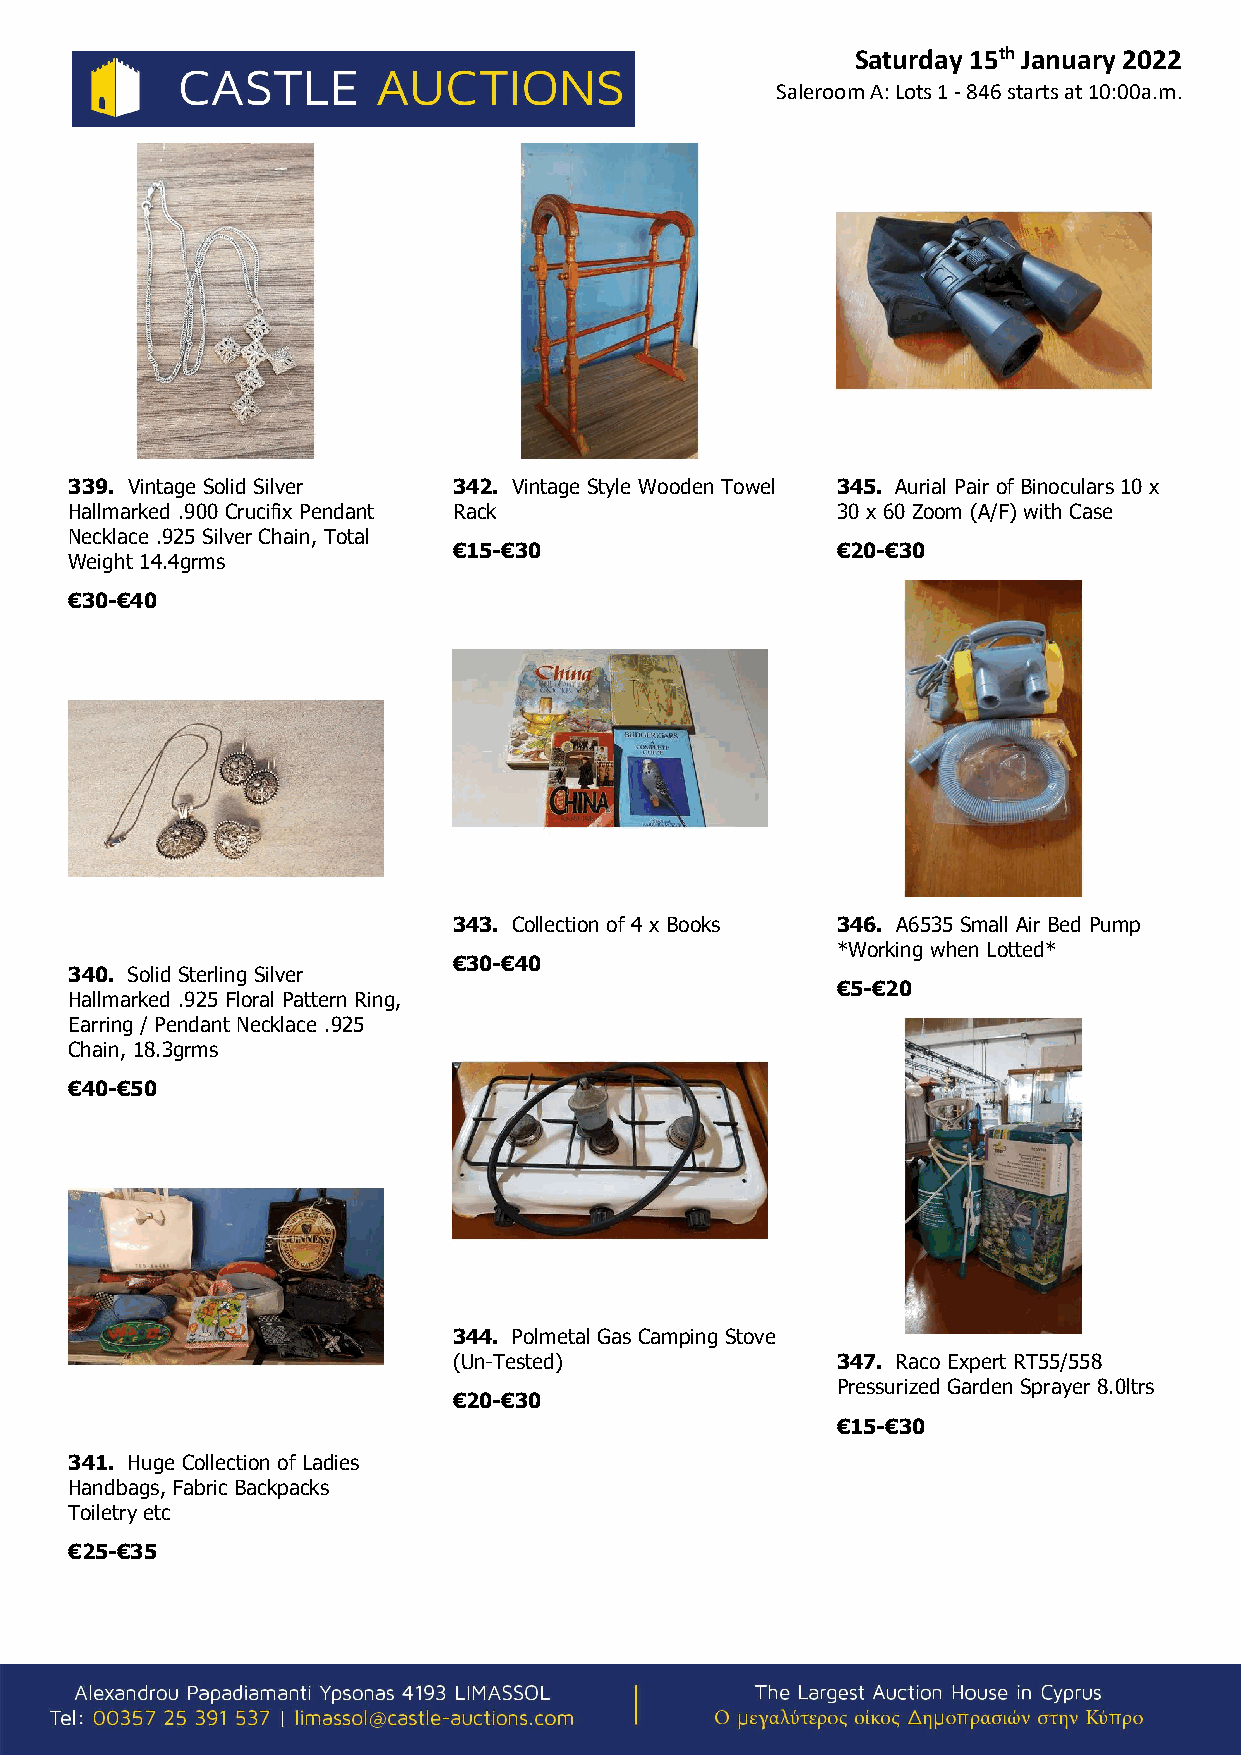
Saturday 15th January 2022
 Saleroom A: Lots 1 - 846 starts at 10:00a.m.
 339. Vintage Solid Silver 342. Vintage Style Wooden Towel 345. Aurial Pair of Binoculars 10 x
 Hallmarked .900 Crucifix Pendant Rack             30 x 60 Zoom (A/F) with Case
 Necklace .925 Silver Chain, Total
 €15-€30                  €20-€30
 Weight 14.4grms
 €30-€40
 343. Collection of 4 x Books 346. A6535 Small Air Bed Pump
 *Working when Lotted*
 €30-€40
 340. Solid Sterling Silver
 €5-€20
 Hallmarked .925 Floral Pattern Ring,
 Earring / Pendant Necklace .925
 Chain, 18.3grms
 €40-€50
 344. Polmetal Gas Camping Stove
 (Un-Tested)              347. Raco Expert RT55/558
 Pressurized Garden Sprayer 8.0ltrs
 €20-€30
 €15-€30
 341. Huge Collection of Ladies
 Handbags, Fabric Backpacks
 Toiletry etc
 €25-€35